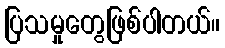
ပြသမှုတွေဖြစ်ပါတယ်။